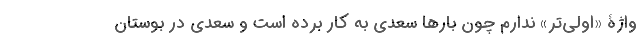
واژۀ «اولی‌تر» ندارم چون بارها سعدی به کار برده است و سعدی در بوستان